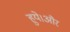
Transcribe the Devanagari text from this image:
हुये।और